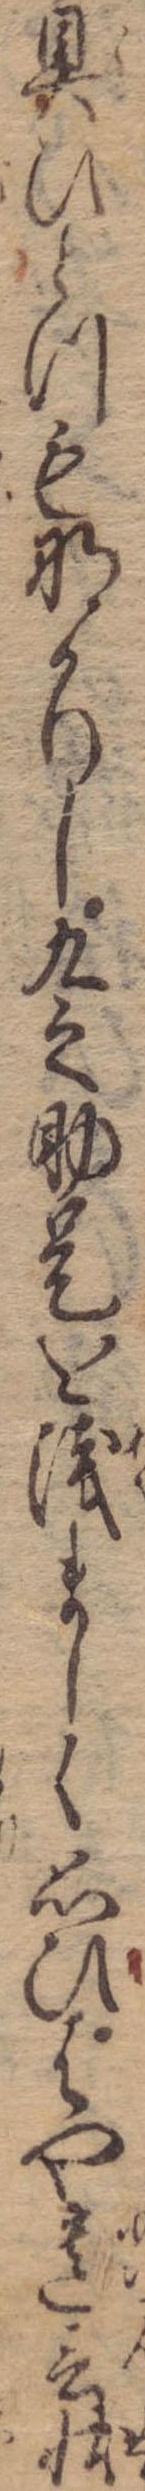
具ひとつもなかりし九之助是を浅ましく思ひはや遺言状